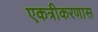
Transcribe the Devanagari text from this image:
एकत्रीकरणास